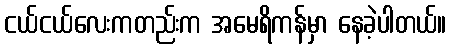
ငယ်ငယ်လေးကတည်းက အမေရိကန်မှာ နေခဲ့ပါတယ်။